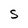
Character: S